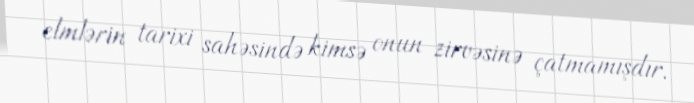
elmlərin tarixi sahəsində kimsə onun zirvəsinə çatmamışdır.